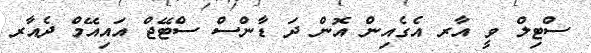
ސްޓިލް ވީ އާރ އެގެއިން އޮން ދަ ޑާންސް ސްޓޭޖް އައިއޭމް ދެއާރ